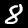
Digit: 8